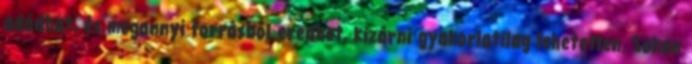
adódhat, és megannyi forrásból eredhet, kizárni gyakorlatilag lehetetlen. Sokan